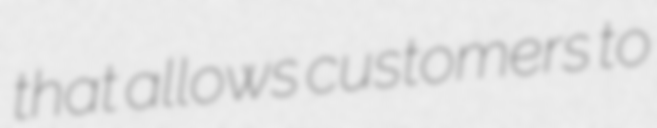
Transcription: that allows customers to